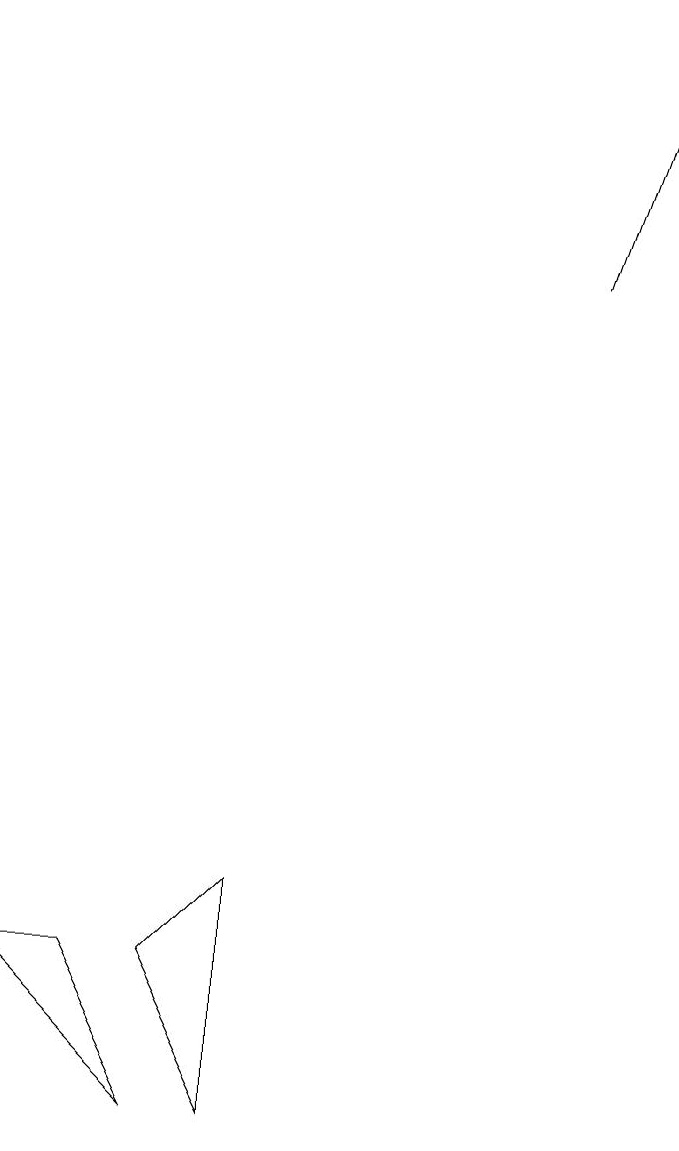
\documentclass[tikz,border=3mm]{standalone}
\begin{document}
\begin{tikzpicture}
\draw[->] (8,12) -- (9,15);
\draw (1,3) -- (2,3) -- (3,1) -- cycle;
\draw (4,4) -- (3,3) -- (4,1) -- cycle;
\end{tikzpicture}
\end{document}